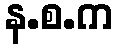
န.စ.က